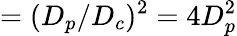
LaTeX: =(D_{p}/D_{c})^{2}=4D_{p}^{2}